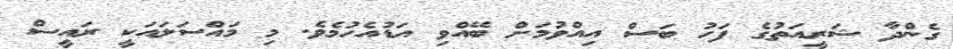
ގެންދާ ޝަރީއަތުގެ ފަހު ބަސް އިއްވުމަށް ބޭއްވި އަޑުއެހުމެވެ. މި މައްސަލައަކީ ރައީސް